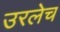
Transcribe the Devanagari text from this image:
उरलेच